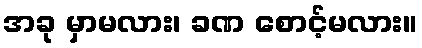
အခု မှာမလား၊ ခဏ စောင့်မလား။